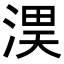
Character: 𭱏